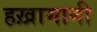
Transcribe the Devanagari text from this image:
हख़ामानी